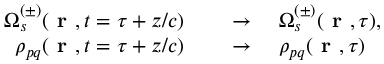
\begin{array} { r l } { \Omega _ { s } ^ { ( \pm ) } ( \textbf { r } , t = \tau + z / c ) \quad } & { { } \to \quad \Omega _ { s } ^ { ( \pm ) } ( \textbf { r } , \tau ) , } \\ { \rho _ { p q } ( \textbf { r } , t = \tau + z / c ) \quad } & { { } \to \quad \rho _ { p q } ( \textbf { r } , \tau ) } \end{array}